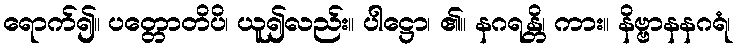
ရောက်၍။ ပတ္တောတိပိ၊ ယူ၍လည်း။ ပါဋ္ဌော၊ ၏။ နဂရန္တိ၊ ကား။ နိဗ္ဗာနနဂရံ၊